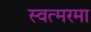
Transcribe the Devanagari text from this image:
स्वत्मरमा